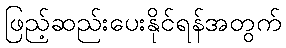
ဖြည့်ဆည်းပေးနိုင်ရန်အတွက်